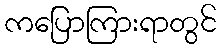
ကပြောကြားရာတွင်